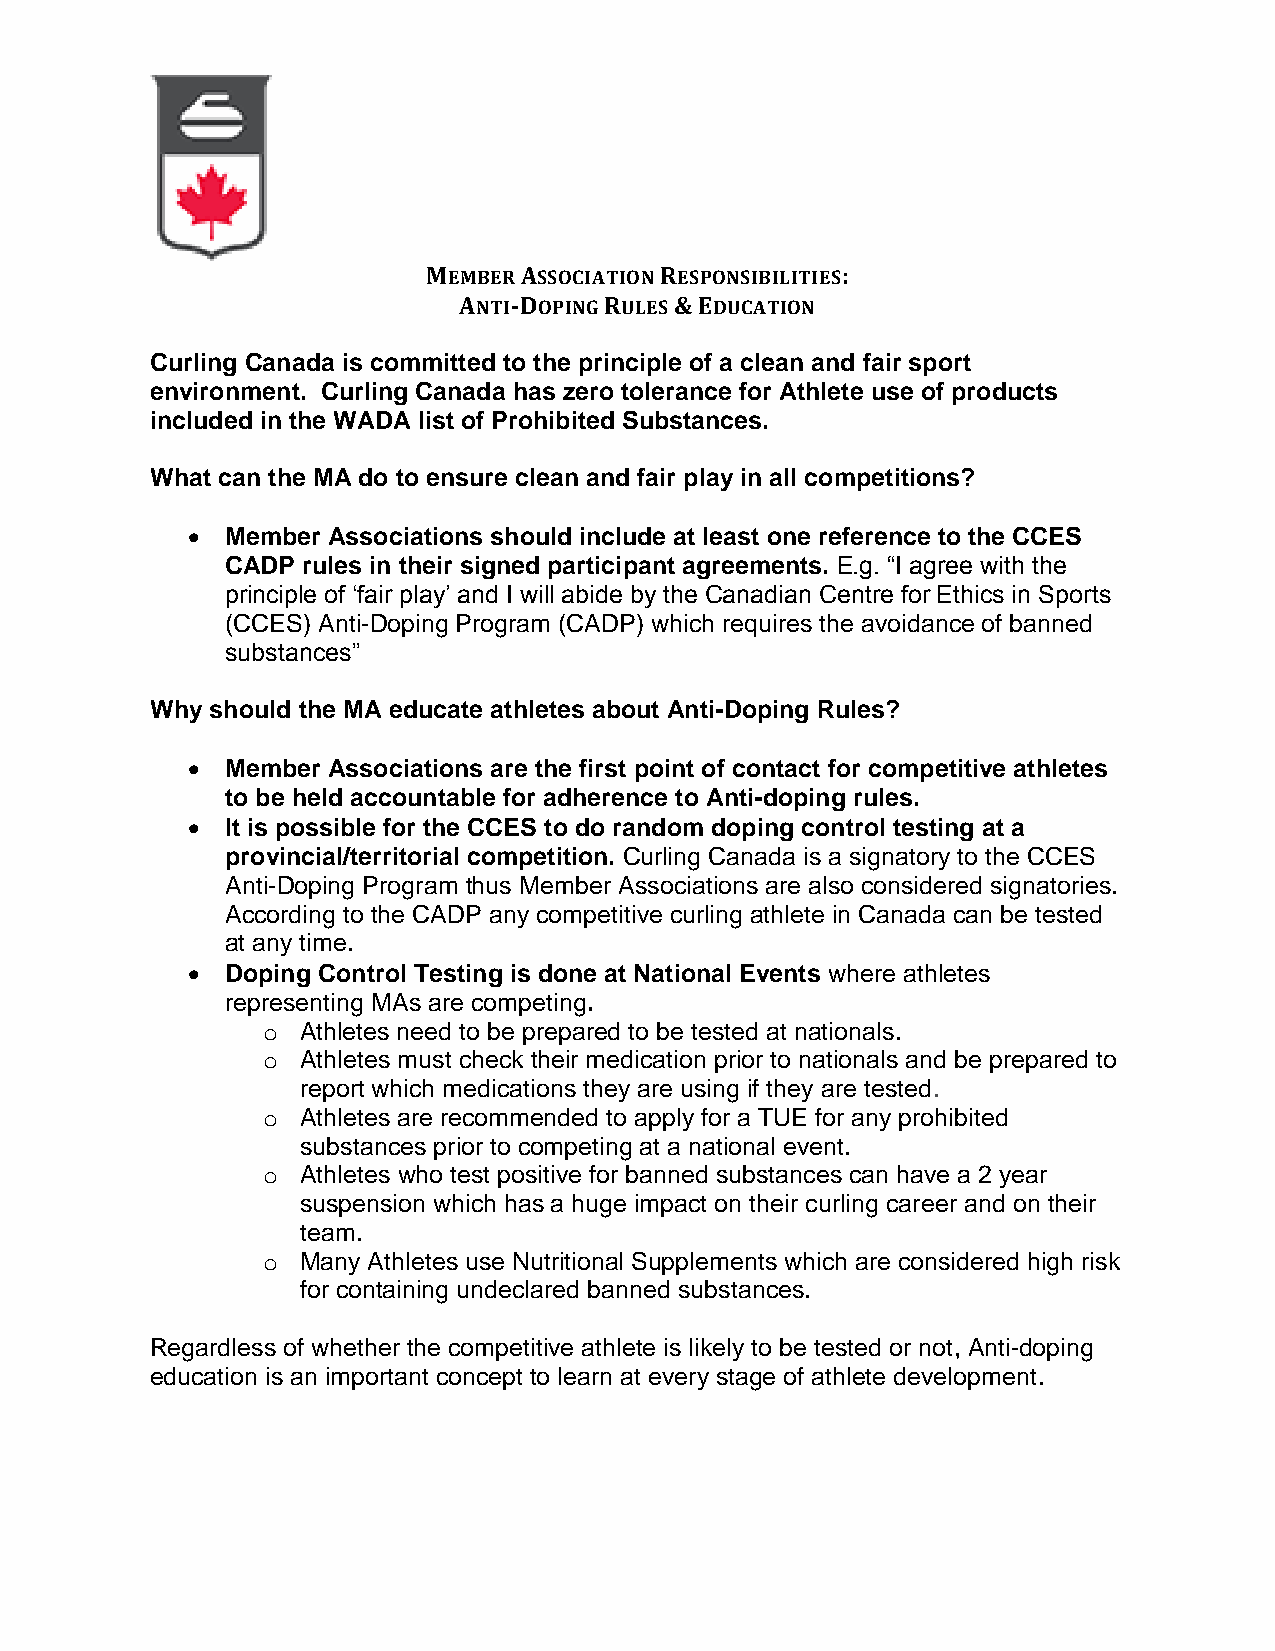
MEMBER ASSOCIATION RESPONSIBILITIES:
 ANTI-DOPING RULES & EDUCATION
 Curling Canada is committed to the principle of a clean and fair sport
 environment. Curling Canada has zero tolerance for Athlete use of products
 included in the WADA list of Prohibited Substances.
 What can the MA do to ensure clean and fair play in all competitions?
   Member Associations should include at least one reference to the CCES
 CADP rules in their signed participant agreements. E.g. “I agree with the
 principle of ‘fair play’ and I will abide by the Canadian Centre for Ethics in Sports
 (CCES) Anti-Doping Program (CADP) which requires the avoidance of banned
 substances”
 Why should the MA educate athletes about Anti-Doping Rules?
   Member Associations are the first point of contact for competitive athletes
 to be held accountable for adherence to Anti-doping rules.
   It is possible for the CCES to do random doping control testing at a
 provincial/territorial competition. Curling Canada is a signatory to the CCES
 Anti-Doping Program thus Member Associations are also considered signatories.
 According to the CADP any competitive curling athlete in Canada can be tested
 at any time.
   Doping Control Testing is done at National Events where athletes
 representing MAs are competing.
 o  Athletes need to be prepared to be tested at nationals.
 o  Athletes must check their medication prior to nationals and be prepared to
 report which medications they are using if they are tested.
 o  Athletes are recommended to apply for a TUE for any prohibited
 substances prior to competing at a national event.
 o  Athletes who test positive for banned substances can have a 2 year
 suspension which has a huge impact on their curling career and on their
 team.
 o  Many Athletes use Nutritional Supplements which are considered high risk
 for containing undeclared banned substances.
 Regardless of whether the competitive athlete is likely to be tested or not, Anti-doping
 education is an important concept to learn at every stage of athlete development.